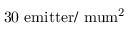
\mathrm { 3 0 ~ e m i t t e r / \ m u m ^ { 2 } }